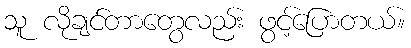
သူ လိုချင်တာတွေလည်း ဖွင့်ပြောတယ်။